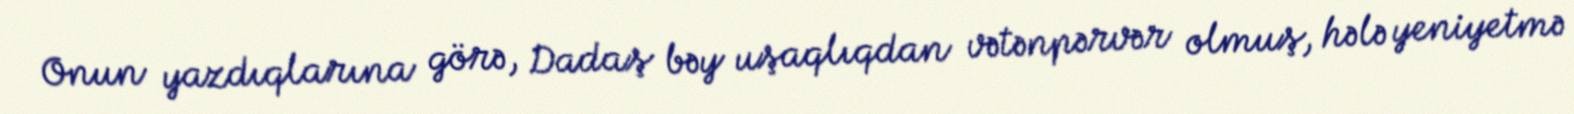
Onun yazdıqlarına görə, Dadaş bəy uşaqlıqdan vətənpərvər olmuş, hələ yeniyetmə